Scottish Leaving Certificate Examination, 1958
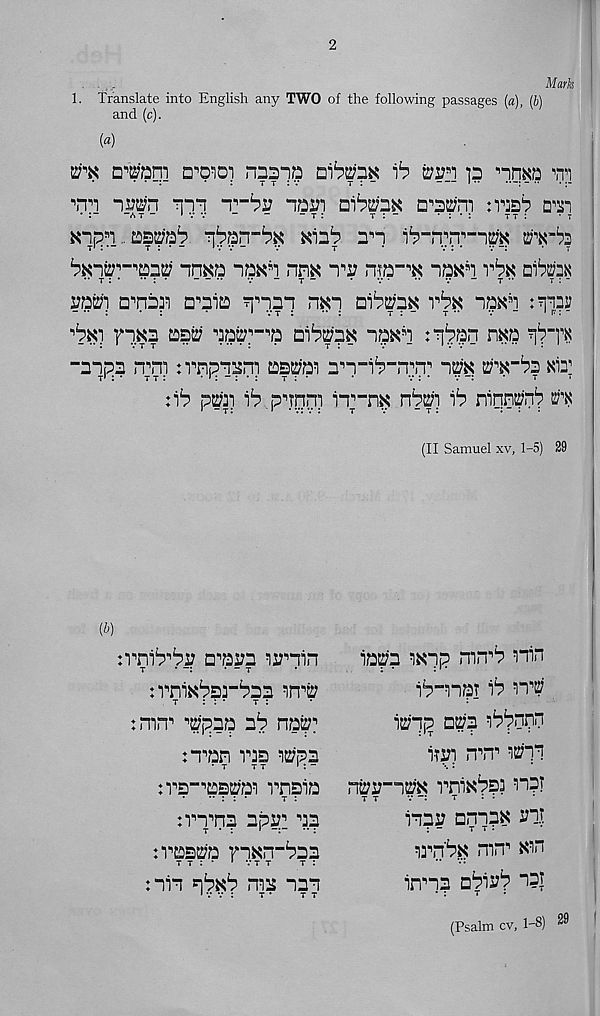
2
. . ,Mark
1. Translate into English any TWO of the following passages (a), (b)
and (c).
(a)
etk D^'aqi
nnaqp
frin p
pi
iwn q-n
nan
naab d^i
• : -
r “
1 v v
"
-
- t :
t : ~
• : • :
t t :
• t
Kn ( pi..
ain*? ap ^-rcrr-^m m-bi
nnKa npxq nm np ma -^ -mn r^K aibrax
aap npaq npia qpaq nxi ai^pK vbx npxq pip?
fq.^a ast? aa5?pp ai^^aK nanq p^n n«a " i rr«
“aqpa n;n) nppipni astpai ap-i^-ipn" im
xib p^3i i^.pqTDD? iT"n^ nhuj) \b niqntp 1 ? m
(II Samuel xv, 1-5) 29
(b)
tvni^^s? a^aaa ijr-rin
t
• -:
• - t
tmiK^-^aa inP
t
: : *
t :
tmn 1 ’ ppaa aq ^at? ,
:Tan las Ppa
np-pppai rnpia
nnpnp app! ap
:aas2?'a rnxn-Paa
T T : ‘ ’ V T T
T :
:in qp^p nip nan
ia^'p wqp mn^ nin
ip-npr iP mg
it?np a?;p i^'pnqn
iTPi n^n’’ itrn
nwy-im vnix^si mat
t t
V -:
t
: •
inap nqnpK Pit
irn'pN mn 1 ' Kin
innp aPiP*? "i? T
T
(Psalm cv, 1-8) 29